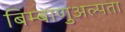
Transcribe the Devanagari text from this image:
बिम्बाणुअल्पता